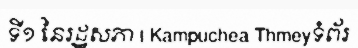
ទី១ នៃរដ្ឋសភា | Kampuchea Thmeyទំព័រ